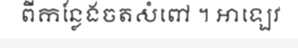
ពីកន្លែងចតសំពៅ ។ អាឡេវ